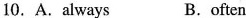
10. A .Always B. often